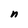
Character: n